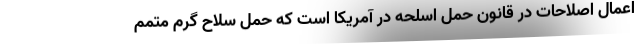
اعمال اصلاحات در قانون حمل اسلحه در آمریکا است که حمل سلاح گرم متمم